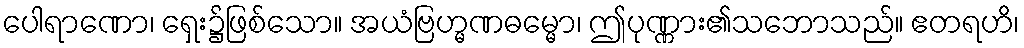
ပေါရာဏော၊ ရှေး၌ဖြစ်သော။ အယံဗြဟ္မဏဓမ္မော၊ ဤပုဏ္ဏား၏သဘောသည်။ ဧတရဟိ၊